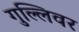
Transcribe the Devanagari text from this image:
गुल्लिवर